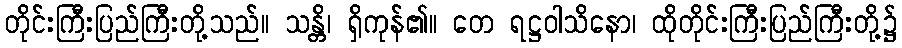
တိုင်းကြီးပြည်ကြီးတို့သည်။ သန္တိ၊ ရှိကုန်၏။ တေ ရဋ္ဌဝါသိနော၊ ထိုတိုင်းကြီးပြည်ကြီးတို့၌